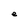
Character: e